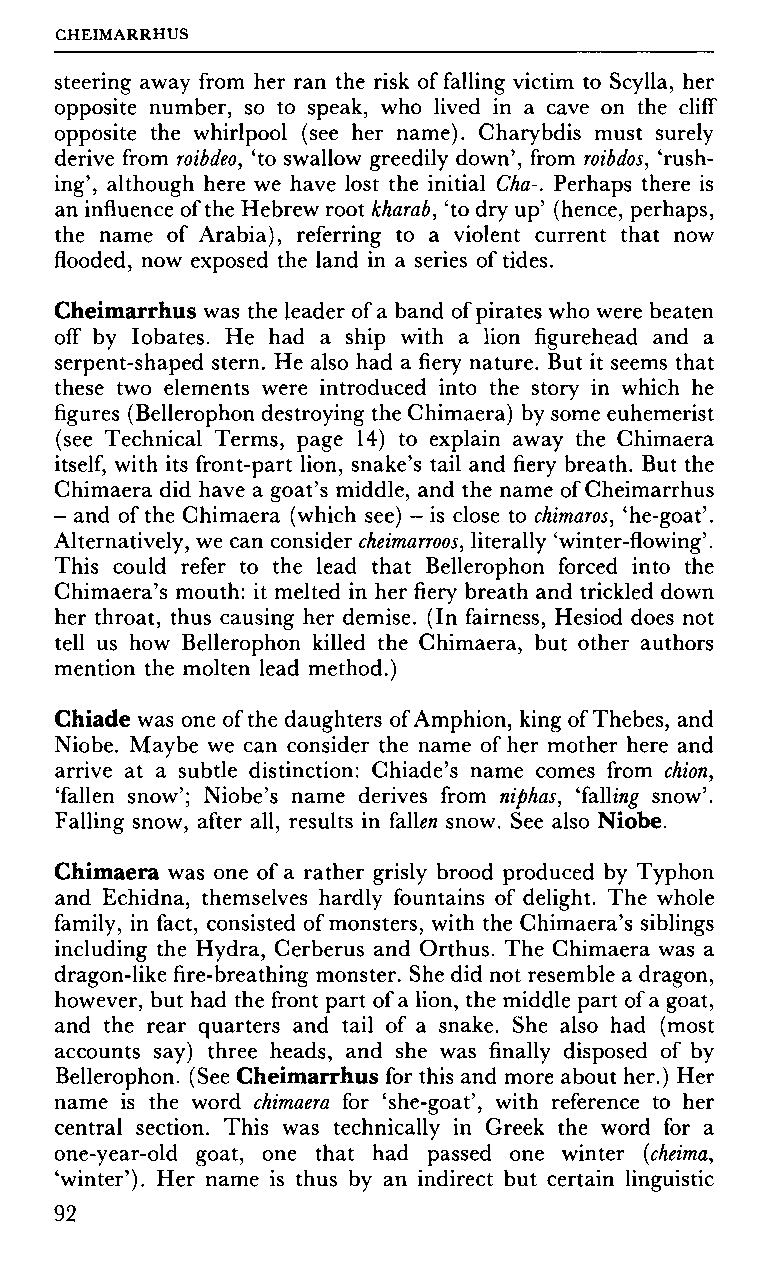
CHEIMARRHUS
 steering away from her ran the risk of falling victim to Scylla, her
 opposite number, so to speak, who lived in a cave on the cliff
 opposite the whirlpool (see her name). Charybdis must surely
 derive from roibdeo, 'to swallow greedily down', from roibdos, 'rush
 ing', although here we have lost the initial Cha-. Perhaps there is
 an influence of the Hebrew root kharab, 'to dry up' (hence, perhaps,
 the name of Arabia), referring to a violent current that now
 flooded, now exposed the land in a series of tides.
 Cheimarrhus was the leader of a band of pirates who were beaten
 off by Iobates. He had a ship with a lion figurehead and a
 serpent-shaped stern. He also had a fiery nature. But it seems that
 these two elements were introduced into the story in which he
 figures (Bellerophon destroying the Chimaera) by some euhemerist
 (see Technical Terms, page 14) to explain away the Chimaera
 itself, with its front-part lion, snake's tail and fiery breath. But the
 Chimaera did have a goat's middle, and the name of Cheimarrhus
 - and of the Chimaera (which see) - is close to chimaros, 'he-goat'.
 Alternatively, we can consider cheimarroos, literally 'winter-flowing'.
 This could refer to the lead that Bellerophon forced into the
 Chimaera's mouth: it melted in her fiery breath and trickled down
 her throat, thus causing her demise. (In fairness, Hesiod does not
 tell us how Bellerophon killed the Chimaera, but other authors
 mention the molten lead method.)
 Chiade was one of the daughters of Amphion, king of Thebes, and
 Niobe. Maybe we can consider the name of her mother here and
 arrive at a subtle distinction: Chiade's name comes from chion,
 'fallen snow'; Niobe's name derives from niphas, Tailing snow'.
 Falling snow, after all, results in fallen snow. See also Niobe.
 Chimaera was one of a rather grisly brood produced by Typhon
 and Echidna, themselves hardly fountains of delight. The whole
 family, in fact, consisted of monsters, with the Chimaera's siblings
 including the Hydra, Cerberus and Orthus. The Chimaera was a
 dragon-like fire-breathing monster. She did not resemble a dragon,
 however, but had the front part of a lion, the middle part of a goat,
 and the rear quarters and tail of a snake. She also had (most
 accounts say) three heads, and she was finally disposed of by
 Bellerophon. (See Cheimarrhus for this and more about her.) Her
 name is the word chimaera for 'she-goat', with reference to her
 central section. This was technically in Greek the word for a
 one-year-old goat, one that had passed one winter (cheima,
 'winter'). Her name is thus by an indirect but certain linguistic
 92